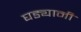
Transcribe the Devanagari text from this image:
घड्यानी